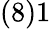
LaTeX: (8)1